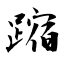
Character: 蹜